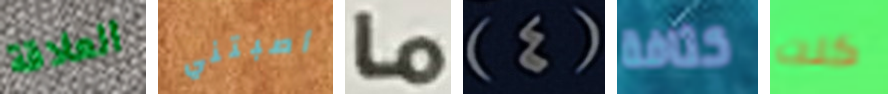
العلاقة أصبتني ما (4) كثافة كنت